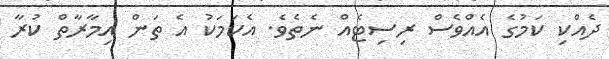
ދެއްކި ކަމުގެ އެއްވެސް ރިސިޓެއް ނެތެވެ. އެކަމަކު އެ ތަން އިމާރާތް ކުރާ